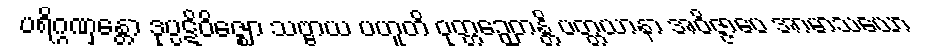
ပရိဂ္ဂဏှန္တော ဒုပ္ပဋိဝိဇ္ဈော သဗ္ဗာယ ပဟူတိ ဝုတ္တဉှေတန္တိ ပတ္တယာနာ အဝိဇ္ဇာပေ အာမာသယော